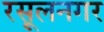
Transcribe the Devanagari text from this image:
रसूलनगर